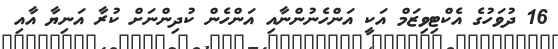
16 ދުވަހުގެ އެކްޓިވިޒަމް އަކީ އަންހެނުންނާއި އަންހެން ކުދިންނަށް ކުރާ އަނިޔާ އާއި